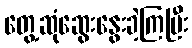
တွေ့ဆုံဆွေးနွေးခဲ့ကြပြီး